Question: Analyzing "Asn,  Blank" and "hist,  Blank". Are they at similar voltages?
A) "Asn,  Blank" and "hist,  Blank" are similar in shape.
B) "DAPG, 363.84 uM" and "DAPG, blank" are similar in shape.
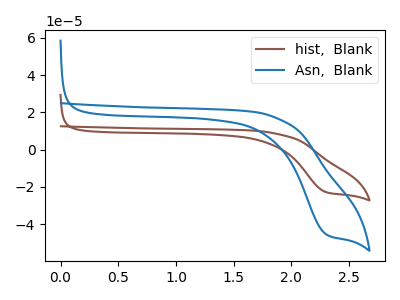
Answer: <think>The brown curve "hist,  Blank" has a cathodic peak at: (2.30V, -22.85uA). The blue curve "Asn,  Blank" has a cathodic peak at: (2.30V, -45.50uA).
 All the peaks in "Asn,  Blank" have a peak in "hist,  Blank" at the same potential. Every peak in "Asn,  Blank" is higher than every peak in "hist,  Blank".</think>
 <answer>A) "Asn,  Blank" and "hist,  Blank" are similar in shape.</answer>
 <eval>A</eval>